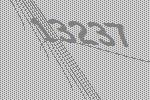
13237